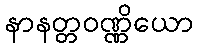
နာနတ္တဝဏ္ဏိယော